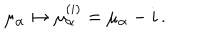
\mu _ { \alpha } \mapsto \mu _ { \alpha } ^ { ( i ) } = \mu _ { \alpha } - i \, .